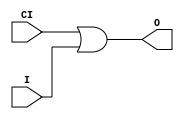
// $Header: /devl/xcs/repo/env/Databases/CAEInterfaces/verunilibs/data/unisims/ORCY.v,v 1.6 2007/05/23 21:43:44 patrickp Exp $
///////////////////////////////////////////////////////////////////////////////
// Copyright (c) 1995/2004 Xilinx, Inc.
// All Right Reserved.
///////////////////////////////////////////////////////////////////////////////
//   ____  ____
//  /   /\/   /
// /___/  \  /    Vendor : Xilinx
// \   \   \/     Version : 10.1
//  \   \         Description : Xilinx Functional Simulation Library Component
//  /   /                  OR with Carry Logic
// /___/   /\     Filename : ORCY.v
// \   \  /  \    Timestamp : Thu Mar 25 16:43:32 PST 2004
//  \___\/\___\
//
// Revision:
//    03/23/04 - Initial version.
//    05/23/07 - Changed timescale to 1 ps / 1 ps.

`timescale  1 ps / 1 ps


module ORCY (O, CI, I);

    output O;

    input  CI, I;

	or X1 (O, CI, I);


endmodule